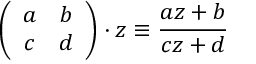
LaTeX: \left( \begin{array} { c c } { { a } } & { { b } } \\ { { c } } & { { d } } \end{array} \right) \cdot z \equiv \frac { a z + b } { c z + d }